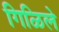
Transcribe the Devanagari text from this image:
गिळिले